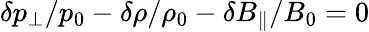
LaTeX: \delta p_{\perp}/p_{0}-\delta\rho/\rho_{0}-\delta B_{\| }/B_{0}=0